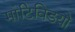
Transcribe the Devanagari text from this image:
मांटिविडयो